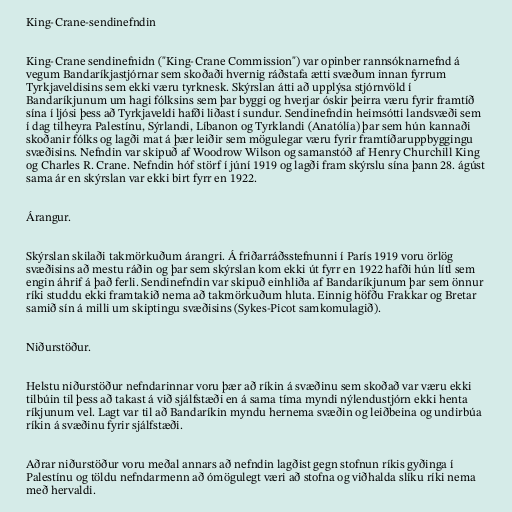
King-Crane-sendinefndin

King-Crane sendinefnidn ("King-Crane Commission") var opinber rannsóknarnefnd á
vegum Bandaríkjastjórnar sem skoðaði hvernig ráðstafa ætti svæðum innan fyrrum
Tyrkjaveldisins sem ekki væru tyrknesk. Skýrslan átti að upplýsa stjórnvöld í
Bandaríkjunum um hagi fólksins sem þar byggi og hverjar óskir þeirra væru fyrir framtíð
sína í ljósi þess að Tyrkjaveldi hafði liðast í sundur. Sendinefndin heimsótti landsvæði sem
í dag tilheyra Palestínu, Sýrlandi, Líbanon og Tyrklandi (Anatólía) þar sem hún kannaði
skoðanir fólks og lagði mat á þær leiðir sem mögulegar væru fyrir framtíðaruppbyggingu
svæðisins. Nefndin var skipuð af Woodrow Wilson og samanstóð af Henry Churchill King
og Charles R. Crane. Nefndin hóf störf í júní 1919 og lagði fram skýrslu sína þann 28. ágúst
sama ár en skýrslan var ekki birt fyrr en 1922.

Árangur.

Skýrslan skilaði takmörkuðum árangri. Á friðarráðsstefnunni í París 1919 voru örlög
svæðisins að mestu ráðin og þar sem skýrslan kom ekki út fyrr en 1922 hafði hún lítl sem
engin áhrif á það ferli. Sendinefndin var skipuð einhliða af Bandaríkjunum þar sem önnur
ríki studdu ekki framtakið nema að takmörkuðum hluta. Einnig höfðu Frakkar og Bretar
samið sín á milli um skiptingu svæðisins (Sykes-Picot samkomulagið).

Niðurstöður.

Helstu niðurstöður nefndarinnar voru þær að ríkin á svæðinu sem skoðað var væru ekki
tilbúin til þess að takast á við sjálfstæði en á sama tíma myndi nýlendustjórn ekki henta
ríkjunum vel. Lagt var til að Bandaríkin myndu hernema svæðin og leiðbeina og undirbúa
ríkin á svæðinu fyrir sjálfstæði.

Aðrar niðurstöður voru meðal annars að nefndin lagðist gegn stofnun ríkis gyðinga í
Palestínu og töldu nefndarmenn að ómögulegt væri að stofna og viðhalda slíku ríki nema
með hervaldi.